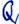
Text: Q